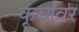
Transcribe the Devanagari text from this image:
कूर्चावर